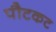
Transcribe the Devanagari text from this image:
पौटकट